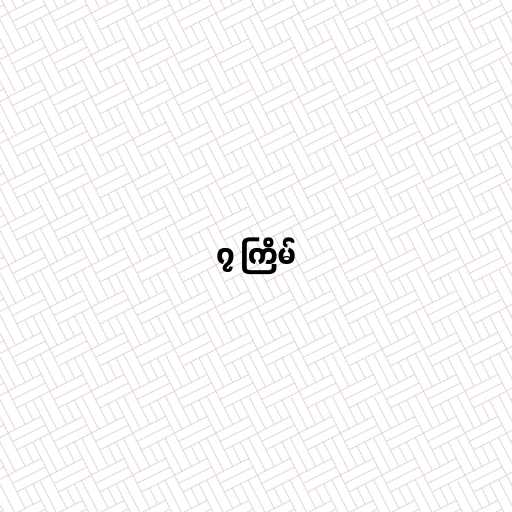
၇ ကြိမ်